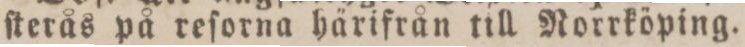
ſterås på reſorna härifrån till Norrköping.